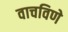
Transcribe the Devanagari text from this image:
वाचविणे